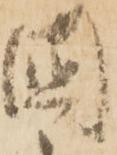
國